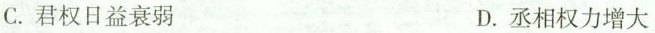
C.君权日益衰弱 D.丞相权力增大